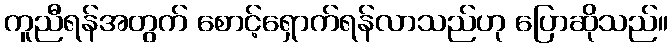
ကူညီရန်အတွက် စောင့်ရှောက်ရန်လာသည်ဟု ပြောဆိုသည်။